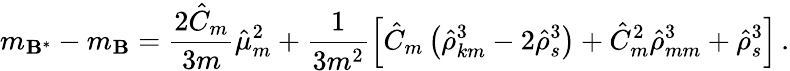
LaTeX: m_{\mathbf{B}^{*}}-m_{\mathbf{B}}=\frac{{2\hat{{C}}_{m}}}{{3m}}\hat{{\mu}}_{m}^{2}+\frac{{1}}{{3m^{2}}}\left[\hat{{C}}_{m}\left(\hat{{\rho}}_{km}^{3}-2\hat{{\rho}}_{s}^{3}\right)+\hat{{C}}_{m}^{2}\hat{{\rho}}_{mm}^{3}+\hat{{\rho}}_{s}^{3}\right]\, .